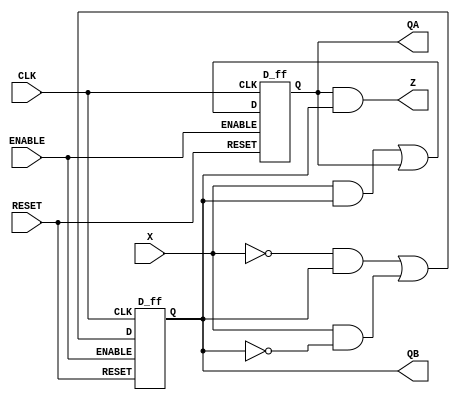
module test_lab7 (X,Z,CLK,QA,QB,RESET,ENABLE);
input X, CLK;
input ENABLE,RESET;
output Z;
output QA,QB;

wire D1, D2, Q1, Q2;

D_ff ff1 ((X&Q2)|Q1, CLK, Q1, RESET, ENABLE);
D_ff ff2 ((~X&Q2)|(X&~Q2), CLK, Q2, RESET, ENABLE);

assign Z = (Q1&Q2);
assign QA = Q1;
assign QB = Q2;

endmodule

module D_ff (D,CLK,Q,RESET,ENABLE);
input D, CLK, RESET, ENABLE;
output Q;
reg Q;

always @ (posedge CLK or posedge RESET) begin
 if(RESET) begin
  Q <= 1'b0;
 end
 else if (~ENABLE) begin
   Q <= D;
 end
end

endmodule